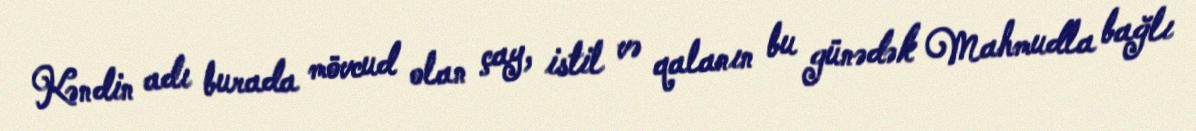
Kəndin adı burada mövcud olan çay, istil və qalanın bu günədək Mahmudla bağlı